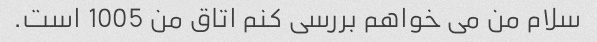
سلام من می خواهم بررسی کنم اتاق من 1005 است.